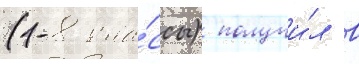
(1-8 кла́ссы) получи́л в